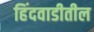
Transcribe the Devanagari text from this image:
हिंदवाडीतील